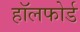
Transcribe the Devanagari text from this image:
हॉलफोर्ड